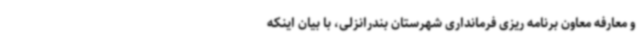
و معارفه معاون برنامه ریزی فرمانداری شهرستان بندرانزلی، با بیان اینکه